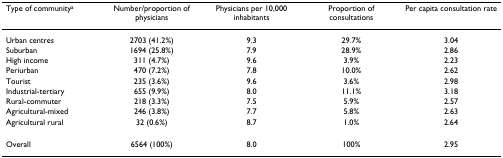
| Type of communitya | Number/proportion of physicians | Physicians per 10,000 inhabitants | Proportion of consultations | Per capita consultation rate |
 | --- | --- | --- | --- | --- |
 | Urban centres | 2703 (41.2%) | 9.3 | 29.7% | 3.04 |
 | Suburban | 1694 (25.8%) | 7.9 | 28.9% | 2.86 |
 | High income | 311 (4.7%) | 9.6 | 3.9% | 2.23 |
 | Periurban | 470 (7.2%) | 7.8 | 10.0% | 2.62 |
 | Tourist | 235 (3.6%) | 9.6 | 3.6% | 2.98 |
 | Industrial-tertiary | 655 (9.9%) | 8.0 | 11.1% | 3.18 |
 | Rural-commuter | 218 (3.3%) | 7.5 | 5.9% | 2.57 |
 | Agricultural-mixed | 246 (3.8%) | 7.7 | 5.8% | 2.63 |
 | Agricultural rural | 32 (0.6%) | 8.7 | 1.0% | 2.64 |
 | Overall | 6564 (100%) | 8.0 | 100% | 2.95 |